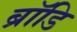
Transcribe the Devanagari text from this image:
ब्रॉडि